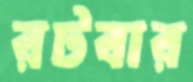
রটবার